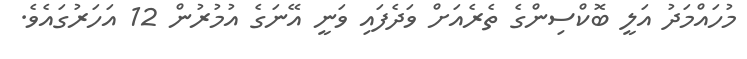
މުހައްމަދު އަލީ ބޮކްސިންގެ ތެރެއަށް ވަދެފައި ވަނީ އޭނަގެ އުމުރުން 12 އަހަރުގައެވެ.